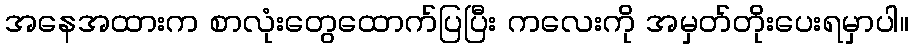
အနေအထားက စာလုံးတွေထောက်ပြပြီး ကလေးကို အမှတ်တိုးပေးရမှာပါ။